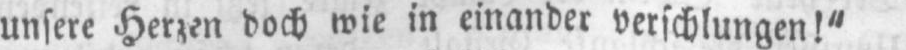
unsere Herzen doch wie in einander verschlungen!“